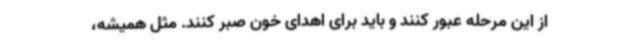
از این مرحله عبور کنند و باید برای اهدای خون صبر کنند. مثل همیشه،